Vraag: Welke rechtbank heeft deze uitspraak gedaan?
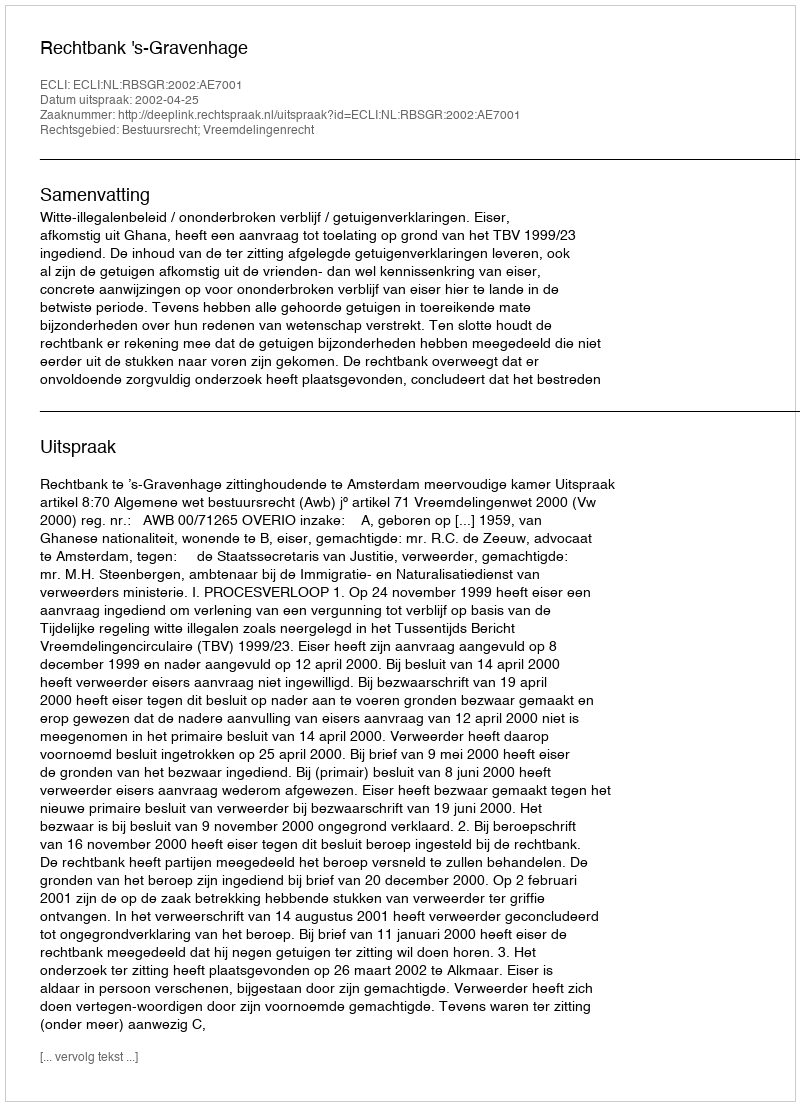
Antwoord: Rechtbank 's-Gravenhage